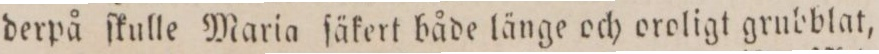
derpå ſkulle Maria ſäkert både länge och oroligt grubblat,